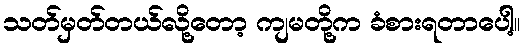
သတ်မှတ်တယ်လို့တော့ ကျမတို့က ခံစားရတာပေါ့။